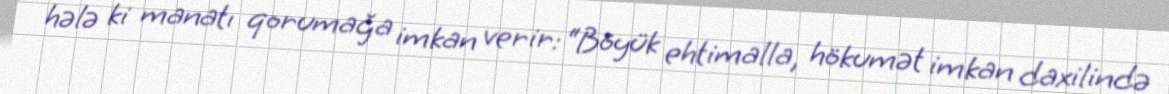
hələ ki manatı qorumağa imkan verir: “Böyük ehtimalla, hökumət imkan daxilində